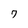
Character: 7